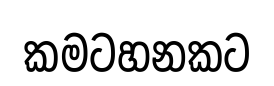
කමටහනකට